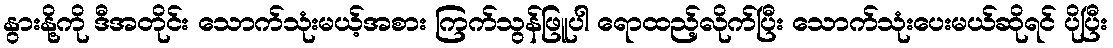
နွားနို့ကို ဒီအတိုင်း သောက်သုံးမယ့်အစား ကြက်သွန်ဖြူပါ ရောထည့်လိုက်ပြီး သောက်သုံးပေးမယ်ဆိုရင် ပိုပြီး